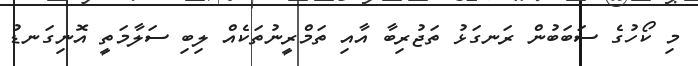
މި ކޯހުގެ ސަބަބުން ރަނގަޅު ތަޖުރިބާ އާއި ތަމްރީނުތަކެއް ލިބި ސަލާމަތީ އޮނިގަނޑު